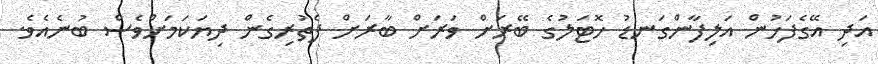
އަދި އޭގެފަހުން އަލިފާންގަނޑު ހޮޓަލުގެ ބޭރަށް ވަރަށް ބާރަށް ފެތުރިގެން ދިޔަކަމަށްވެސް ބުނެއެވެ.